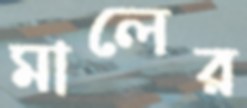
মালের